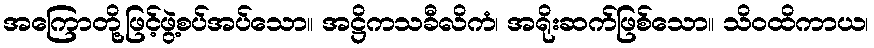
အကြောတို့ဖြင့်ဖွဲ့စပ်အပ်သော။ အဋ္ဌိကသခီလိကံ၊ အရိုးဆက်ဖြစ်သော။ သိဝထိကာယ၊